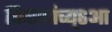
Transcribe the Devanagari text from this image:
किरणांच्य्६आ